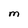
Character: M